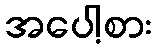
အပေါ့စား